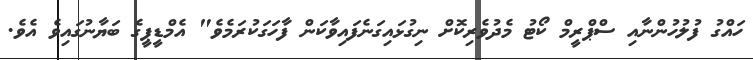
ހައްގު ފުލުހުންނާއި ސްޕްރީމް ކޯޓު މެދުވެރިކޮށް ނިގުޅައިގަނެފައިވާކަން ފާހަގަކުރަމެވެ" އެމްޑީޕީގެ ބަޔާނުގައިވެ އެވެ.